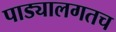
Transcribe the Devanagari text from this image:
पाड्यालगतच